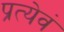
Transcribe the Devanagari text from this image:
प्रत्येवं